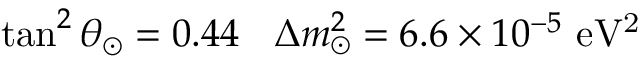
\tan ^ { 2 } \theta _ { \odot } = 0 . 4 4 \: \: \: \: \Delta m _ { \odot } ^ { 2 } = 6 . 6 \times 1 0 ^ { - 5 } ~ \mathrm { e V ^ { 2 } }